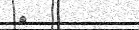
٢